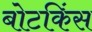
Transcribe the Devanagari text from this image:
बोटकिंस